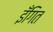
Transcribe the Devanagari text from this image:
इँगित